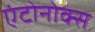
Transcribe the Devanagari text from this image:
एंटोनोक्स